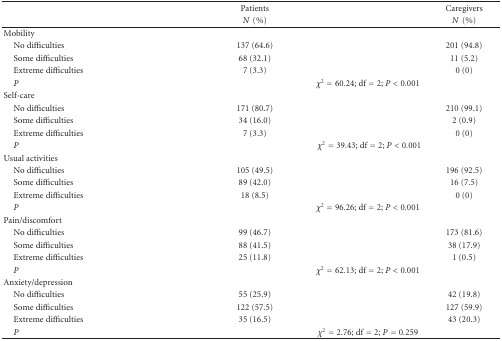
<table><thead><tr><td></td><td><b>Patients</b></td><td><b>Caregivers</b></td></tr><tr><td></td><td><b><i>N</i>(%)</b></td><td><b><i>N</i>(%)</b></td></tr></thead><tbody><tr><td>Mobility</td><td></td><td></td></tr><tr><td> No difficulties</td><td>137 (64.6)</td><td>201 (94.8)</td></tr><tr><td> Some difficulties</td><td>68 (32.1)</td><td>11 (5.2)</td></tr><tr><td> Extreme difficulties</td><td>7 (3.3)</td><td>0 (0)</td></tr><tr><td> <i>P</i></td><td colspan="2"><i>χ</i><sup>2</sup> = 60.24; df = 2; <i>P</i> &lt; 0.001</td></tr><tr><td>Self-care</td><td></td><td></td></tr><tr><td> No difficulties</td><td>171 (80.7)</td><td>210 (99.1)</td></tr><tr><td> Some difficulties</td><td>34 (16.0)</td><td>2 (0.9)</td></tr><tr><td> Extreme difficulties</td><td>7 (3.3)</td><td>0 (0)</td></tr><tr><td> <i>P</i></td><td colspan="2"><i>χ</i><sup>2</sup> = 39.43; df = 2; <i>P</i> &lt; 0.001</td></tr><tr><td>Usual activities</td><td></td><td></td></tr><tr><td> No difficulties</td><td>105 (49.5)</td><td>196 (92.5)</td></tr><tr><td> Some difficulties</td><td>89 (42.0)</td><td>16 (7.5)</td></tr><tr><td> Extreme difficulties</td><td>18 (8.5)</td><td>0 (0)</td></tr><tr><td> <i>P</i></td><td colspan="2"><i>χ</i><sup>2</sup> = 96.26; df = 2; <i>P</i> &lt; 0.001</td></tr><tr><td>Pain/discomfort</td><td></td><td></td></tr><tr><td> No difficulties</td><td>99 (46.7)</td><td>173 (81.6)</td></tr><tr><td> Some difficulties</td><td>88 (41.5)</td><td>38 (17.9)</td></tr><tr><td> Extreme difficulties</td><td>25 (11.8)</td><td>1 (0.5)</td></tr><tr><td> <i>P</i></td><td colspan="2"><i>χ</i><sup>2</sup> = 62.13; df = 2; <i>P</i> &lt; 0.001</td></tr><tr><td>Anxiety/depression</td><td></td><td></td></tr><tr><td> No difficulties</td><td>55 (25.9)</td><td>42 (19.8)</td></tr><tr><td> Some difficulties</td><td>122 (57.5)</td><td>127 (59.9)</td></tr><tr><td> Extreme difficulties</td><td>35 (16.5)</td><td>43 (20.3)</td></tr><tr><td> <i>P</i></td><td colspan="2"><i>χ</i><sup>2</sup> = 2.76; df = 2; <i>P</i> = 0.259</td></tr></tbody></table>